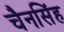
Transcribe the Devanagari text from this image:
चैनसिंह